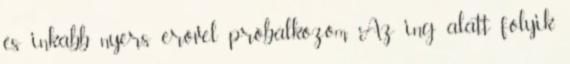
és inkább nyers erővel próbálkozom. Az ing alatt folyik